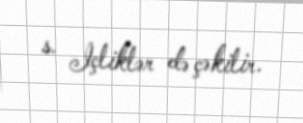
s. Içliklər də çəkilir.